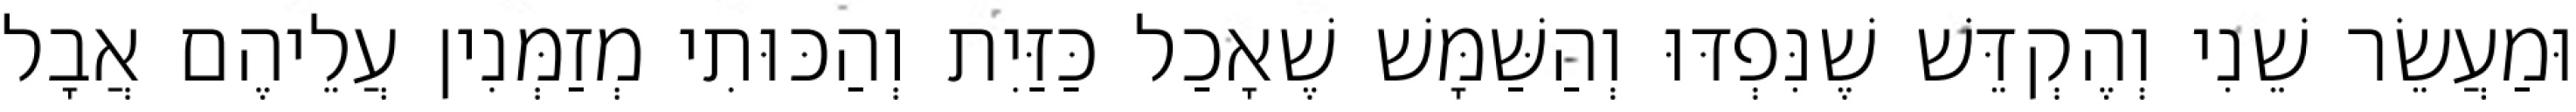
וּמַעֲשֵׂר שֵׁנִי וְהֶקְדֵּשׁ שֶׁנִּפְדּוּ וְהַשַּׁמָּשׁ שֶׁאָכַל כַּזַּיִת וְהַכּוּתִי מְזַמְּנִין עֲלֵיהֶם אֲבָל